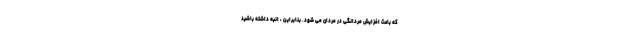
که باعث افزایش مردانگی در مردان می شود. بنابراین ، انبه داشته باشید